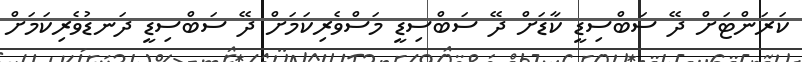
ކަރަންޓަށް ދޭ ސަބްސިޑީ ކާޑަށް ދޭ ސަބްސިޑީ މަސްވެރިކަމަށް ދޭ ސަބްސިޑީ ދަނޑުވެރިކަމަށް